画像に写った文字を読んでください
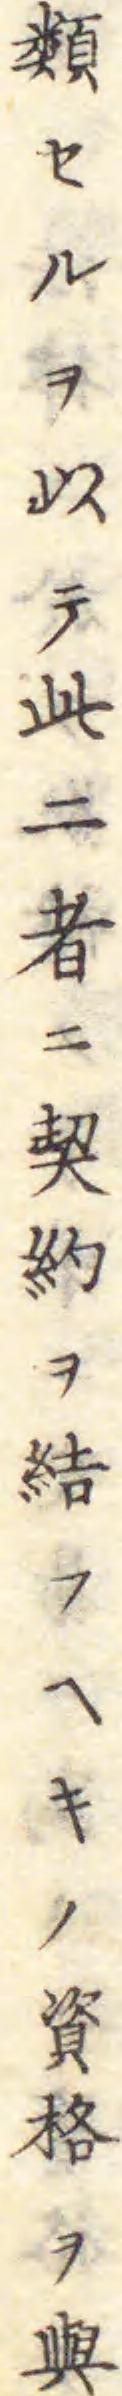
「類セルヲ以テ此二者ニ契約ヲ結フヘキノ資格ヲ與」と書いてあります